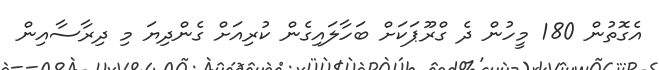
އެގޮތުން 180 މީހުން ދެ ގްރޫޕަކަށް ބަހާލައިގެން ކުރިއަށް ގެންދިޔަ މި ދިިރާސާއިން